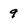
Character: 9